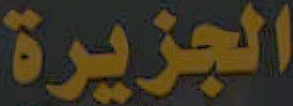
الجزيرة